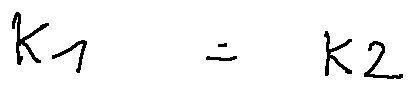
k _ { 1 } = k _ { 2 }